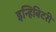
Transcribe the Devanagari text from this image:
इन्हिबिटरी